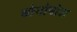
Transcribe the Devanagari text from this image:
बोनोबोज